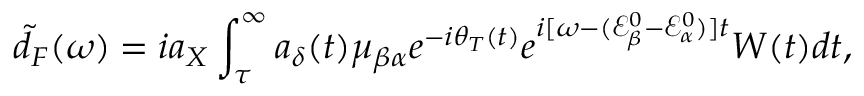
\tilde { d } _ { F } ( \omega ) = i a _ { X } \int _ { \tau } ^ { \infty } a _ { \delta } ( t ) \mu _ { \beta \alpha } e ^ { - i \theta _ { T } ( t ) } e ^ { i [ \omega - ( \mathcal { E } _ { \beta } ^ { 0 } - \mathcal { E } _ { \alpha } ^ { 0 } ) ] t } W ( t ) d t ,